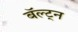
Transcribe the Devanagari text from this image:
बॅल्ट्न